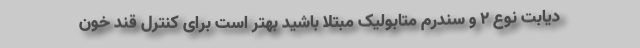
دیابت نوع ۲ و سندرم متابولیک مبتلا باشید بهتر است برای کنترل قند خون